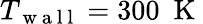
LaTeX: T_{\mathrm{~w~a~l~l~}}=300~\mathrm{~K~}